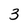
Character: 3